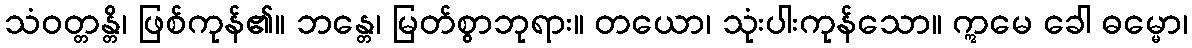
သံဝတ္တန္တိ၊ ဖြစ်ကုန်၏။ ဘန္တေ၊ မြတ်စွာဘုရား။ တယော၊ သုံးပါးကုန်သော။ ဣမေ ခေါ ဓမ္မော၊